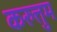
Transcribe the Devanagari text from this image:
करुत्तुम